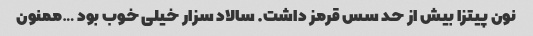
نون پیتزا بیش از حد سس قرمز داشت. سالاد سزار خیلی خوب بود …ممنون